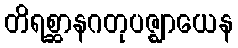
တိရစ္ဆာနဂတုပဇ္ဈာယေန